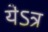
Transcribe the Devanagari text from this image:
येऽत्र